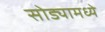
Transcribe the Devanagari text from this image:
सोड्यामध्ये